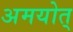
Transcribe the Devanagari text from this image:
अमयोत्